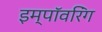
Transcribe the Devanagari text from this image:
इम्पॉवरिंग